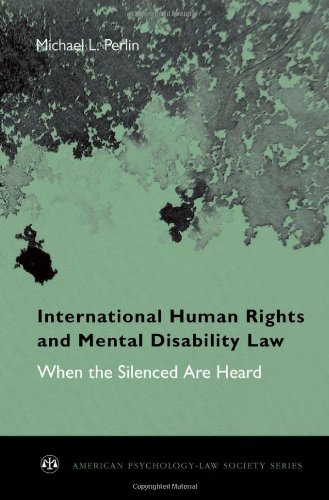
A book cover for International Human Rights and Mental Disability Law: When the Silenced are Heard (American Psychology-Law Society Series); Michael L. Perlin; Law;